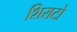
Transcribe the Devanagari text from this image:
शिराटो